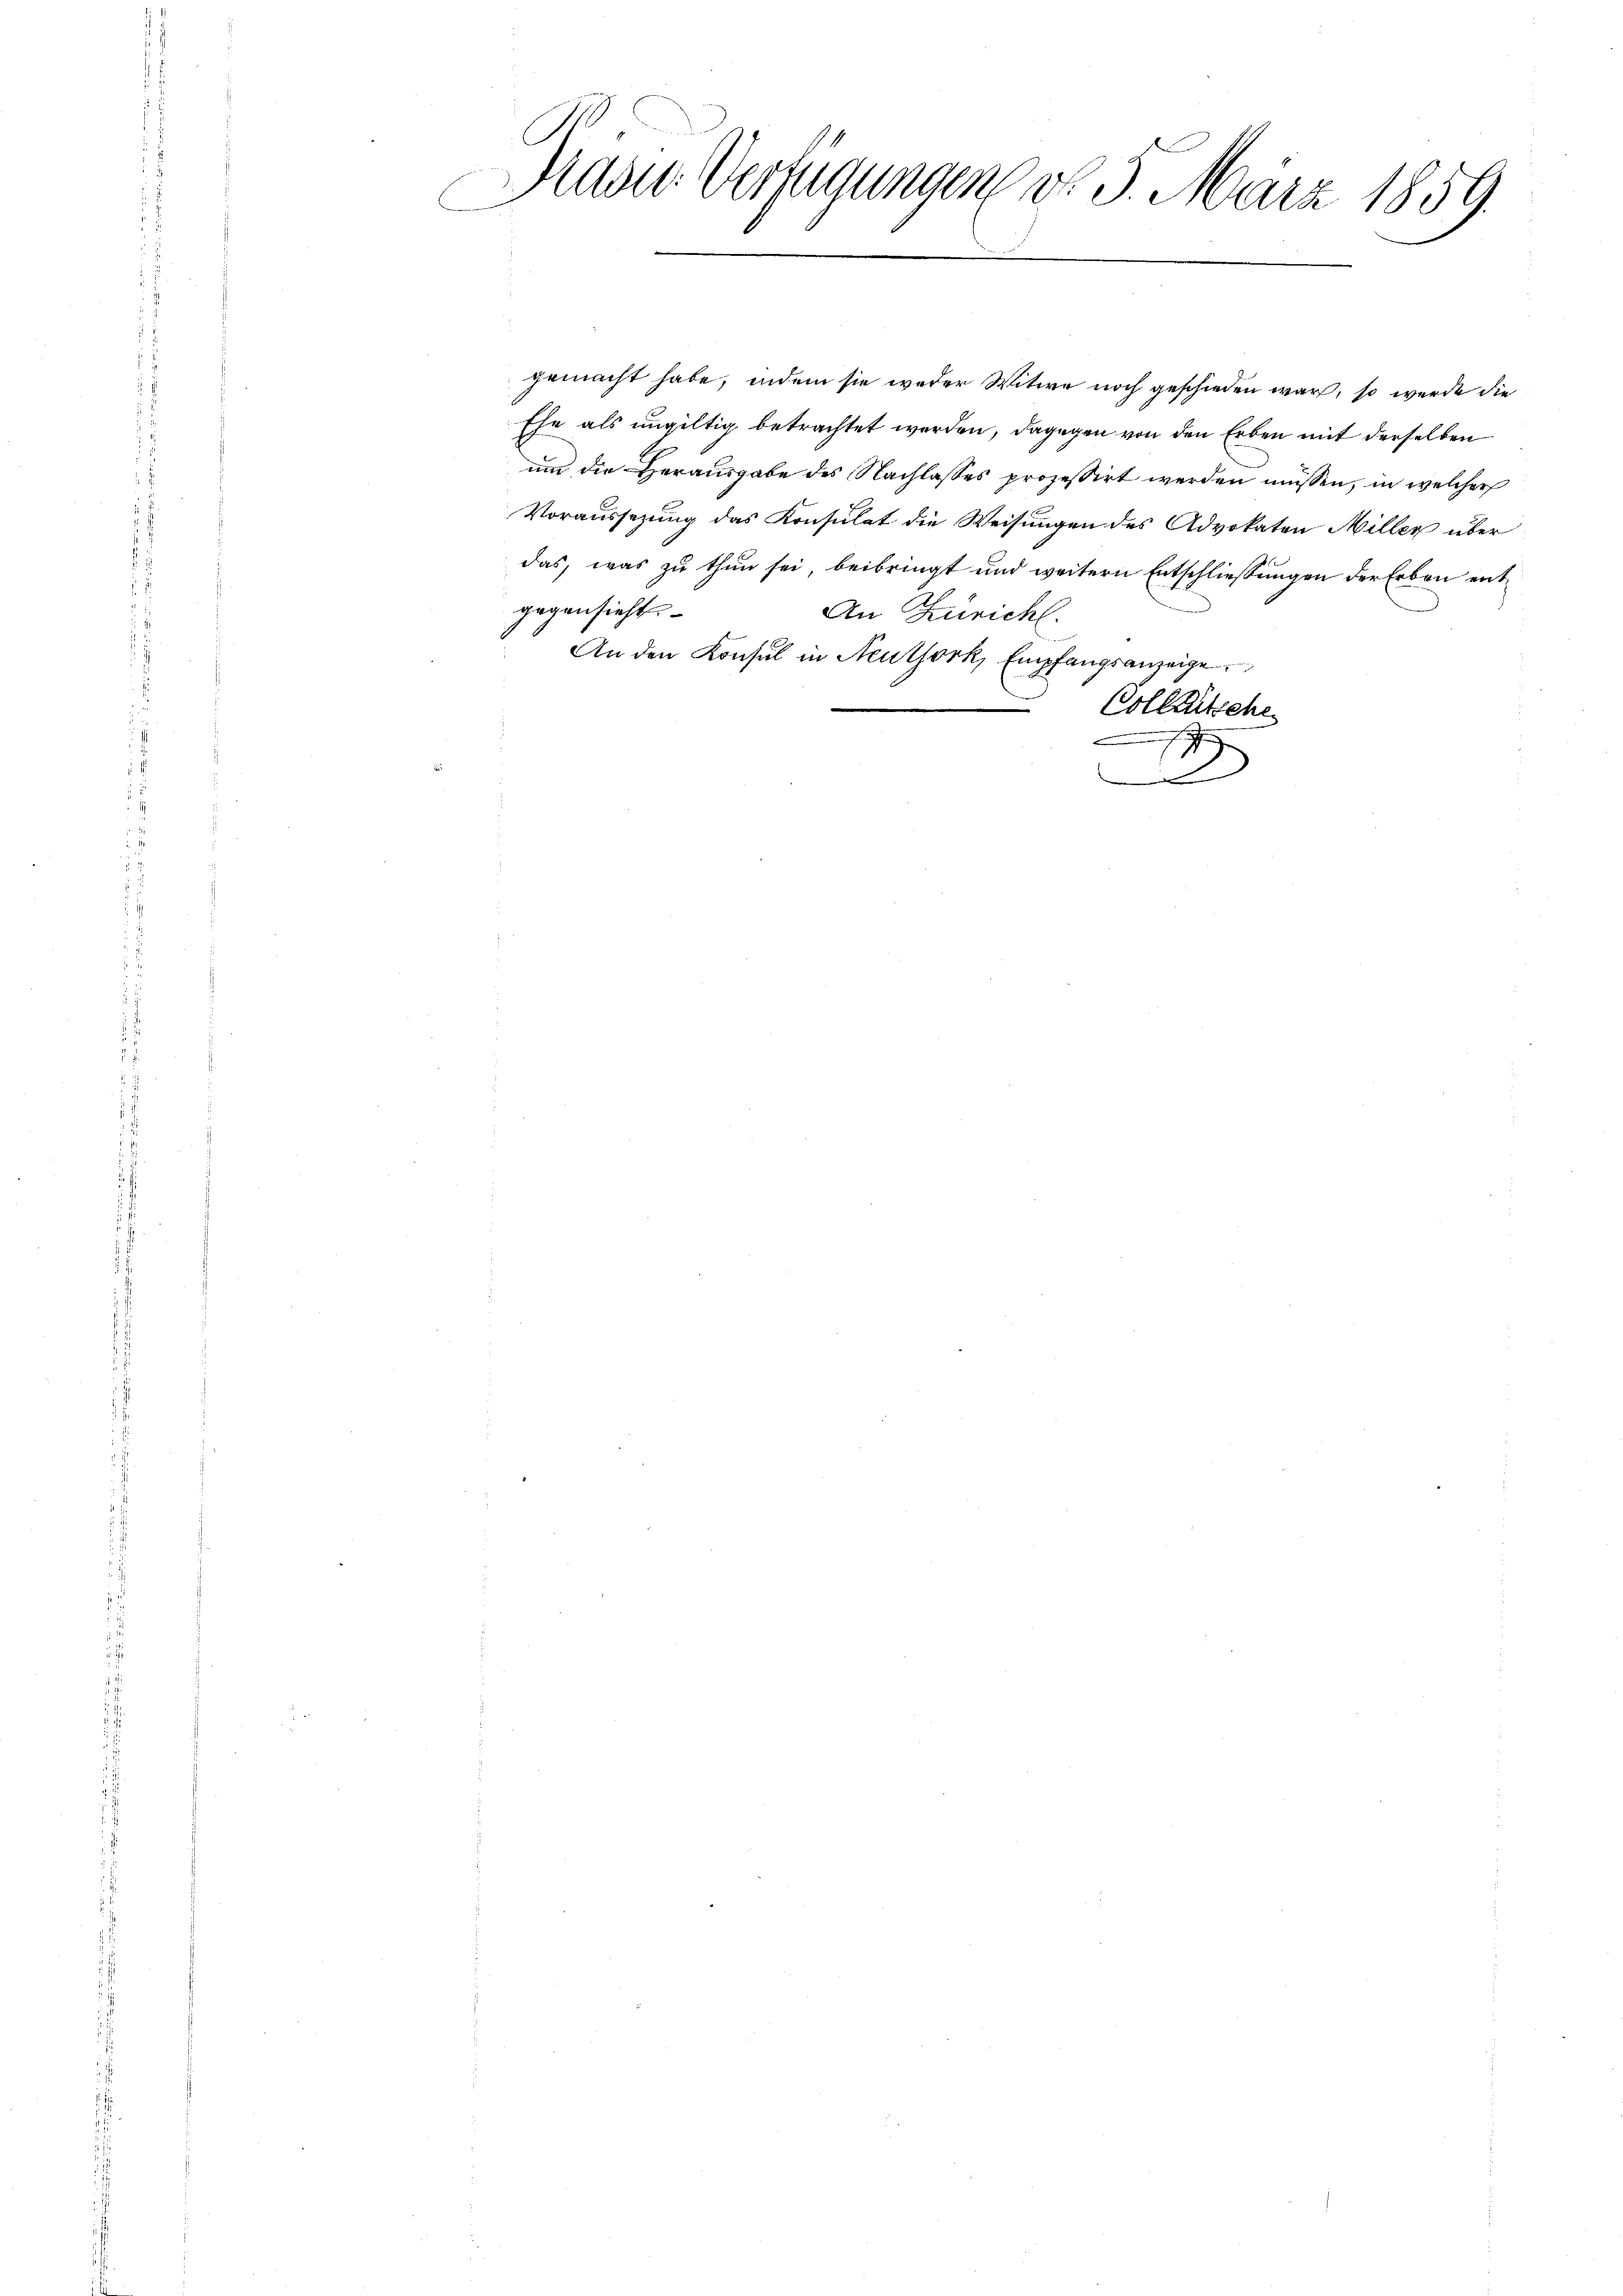
Kaser Verfügungen d. 9. März 1859.

gemacht habe, indem sie weder Witwe noch geschieden war, so werde die
Ehe als ungültig betrachtet werden, dagegen von den Erben mit derselben
um die Herausgabe des Nachlasses prozessirt werden müssen, in welcher
Voraussezung das Konsulat die Weisungen des Advokaten Miller über
das, was zu thun sei, beibringt und weitern Entschliessungen der Erben entgegensicht
An Züricht.
An den Konsul in Neuthork, Empfangsanzeige
Colleckche
1
.